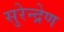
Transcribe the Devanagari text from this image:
सुरेन्द्रेण